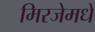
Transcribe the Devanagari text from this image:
मिरजेमधे